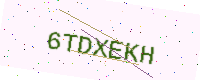
Text: 6TDXEKH